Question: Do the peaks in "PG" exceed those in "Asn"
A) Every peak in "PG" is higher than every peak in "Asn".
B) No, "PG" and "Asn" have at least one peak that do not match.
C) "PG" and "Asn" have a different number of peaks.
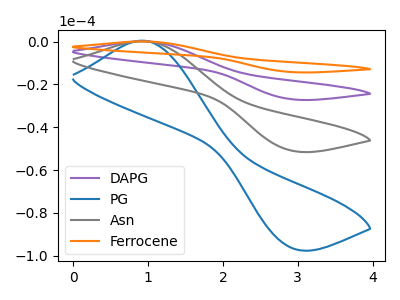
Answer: <think>The purple curve "DAPG" has an anodic peak at (0.90V, 0.45uA) and a cathodic peak at (2.90V, -101.95uA). The blue curve "PG" has an anodic peak at (0.90V, 0.40uA) and a cathodic peak at (2.90V, -96.40uA). The gray curve "Asn" has an anodic peak at (0.90V, 0.20uA) and a cathodic peak at (2.90V, -50.95uA). The orange curve "Ferrocene" has an anodic peak at (0.90V, 0.65uA) and a cathodic peak at (2.90V, -152.90uA).</think>
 <answer>A) Every peak in "PG" is higher than every peak in "Asn".</answer>
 <eval>A</eval>